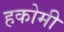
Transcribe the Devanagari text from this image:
हकोमी